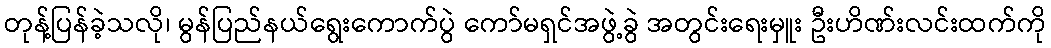
တုန့်ပြန်ခဲ့သလို၊ မွန်ပြည်နယ်ရွေးကောက်ပွဲ ကော်မရှင်အဖွဲ့ခွဲ အတွင်းရေးမှူး ဦးဟိဏ်းလင်းထက်ကို